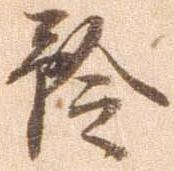
矜